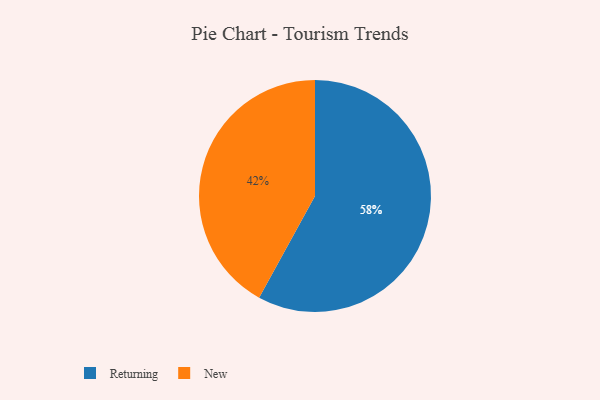
{"axis": {"x": "Category", "y": "Percentage"}, "legend": ["New", "Returning"], "data": [{"x": "New", "y": 42, "type": "New"}, {"x": "Returning", "y": 58, "type": "Returning"}]}